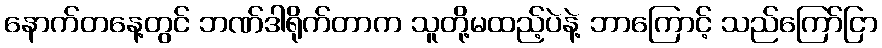
နောက်တနေ့တွင် ဘဏ်ဒါရိုက်တာက သူတို့မထည့်ပဲနဲ့ ဘာကြောင့် သည်ကြော်ငြာ